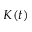
K ( t )